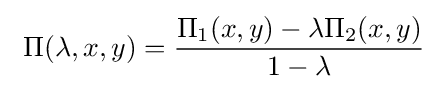
\ \Pi (\lambda ,x,y)={\frac {\Pi _{1}(x,y)-\lambda \Pi _{2}(x,y)}{1-\lambda }}